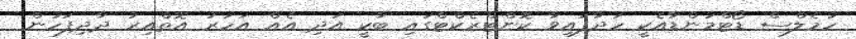
ހުމެލްސް ޑޯޓްމަންޑާއެކީ ހަދާފައިވާ ކޮންޓްރެކްޓްގައި ބާކީ އަދި އެއް އަހަރު އޮތްއިރު ދާދިފަހުން